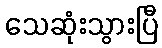
သေဆုံးသွားပြီ